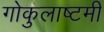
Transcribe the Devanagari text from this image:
गोकुलाष्टमी